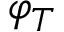
\varphi _ { T }